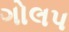
ગોલપ